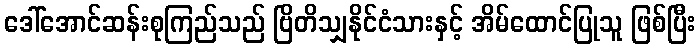
ဒေါ်အောင်ဆန်းစုကြည်သည် ဗြိတိသျှနိုင်ငံသားနှင့် အိမ်ထောင်ပြုသူ ဖြစ်ပြီး